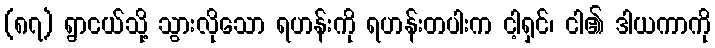
(၈၇) ရွာငယ်သို့ သွားလိုသော ရဟန်းကို ရဟန်းတပါးက ငါ့ရှင်၊ ငါ၏ ဒါယကာကို